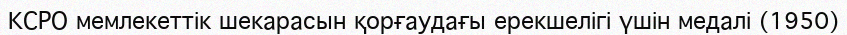
КСРО мемлекеттік шекарасын қорғаудағы ерекшелігі үшін медалі (1950)